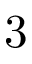
3